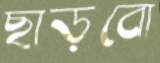
ছাড়বো